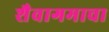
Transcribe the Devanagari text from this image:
शैवागमाचा